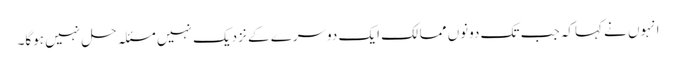
انہوں نے کہاکہ جب تک دونوں ممالک ایک دوسرے کے نزدیک نہیں مسئلہ حل نہیں ہوگا۔